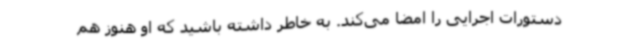
دستورات اجرایی را امضا می‌کند. به خاطر داشته باشید که او هنوز هم